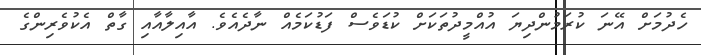
ހެދުމަށް އޭނަ ކުރަމުންދިޔަ އުއްމީދުތަކަށް ކުޑަވެސް ފަޑުކަމެއް ނާދެއެވެ. އާއިލާއާއި ގާތް އެކުވެރިންގެ